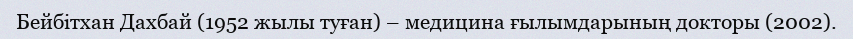
Бейбітхан Дахбай (1952 жылы туған) – медицина ғылымдарының докторы (2002).